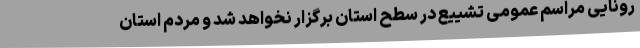
رونایی مراسم عمومی تشییع در سطح استان برگزار نخواهد شد و مردم استان